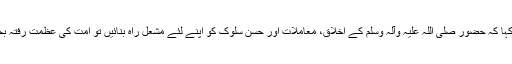
انہوں نے کہا کہ حضور صلی اللہ علیہ وآلہ وسلم کے اخلاق، معاملات اور حسن سلوک کو اپنے لئے مشعل راہ بنائیں تو امت کی عظمت رفتہ بحال ہو گی۔